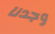
وجدنا